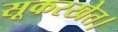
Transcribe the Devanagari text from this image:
सूकरखेत।